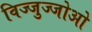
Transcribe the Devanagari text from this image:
विज्जुज्जोओ